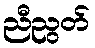
ညီညွတ်